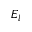
E _ { l }